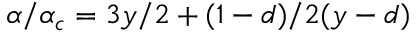
\alpha / \alpha _ { c } = 3 y / 2 + ( 1 - d ) / 2 ( y - d )